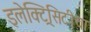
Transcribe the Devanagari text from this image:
इलेक्ट्रिसिटीचा